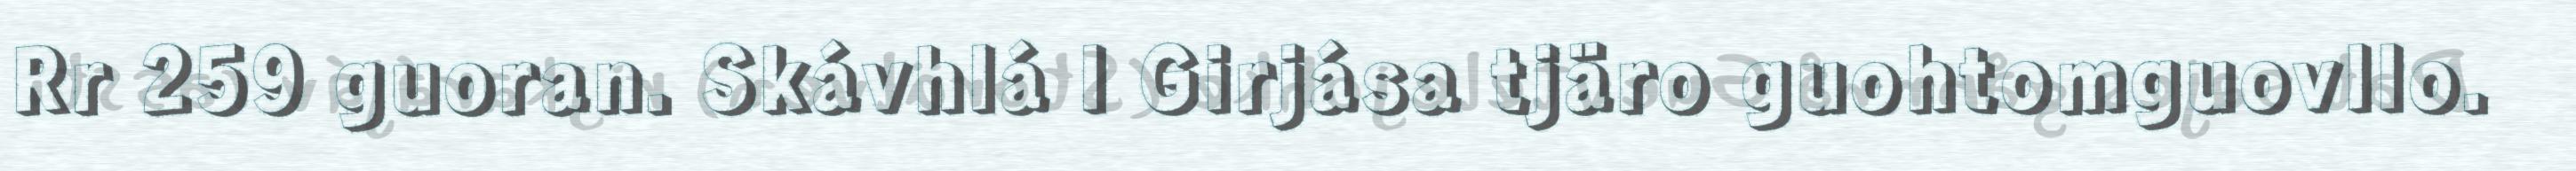
Rr 259 guoran. Skávhlá l Girjása tjäro guohtomguovllo.